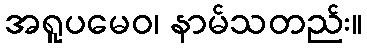
အရူပမေဝ၊ နာမ်သတည်း။